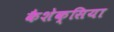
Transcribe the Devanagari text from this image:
कैशेक्सिया